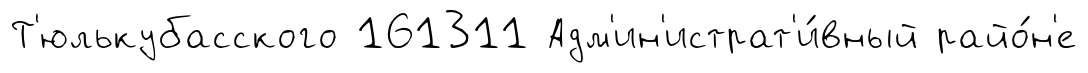
Т'юлькубасского 161311 Адм'ин'истрат'и́вный райо́н'е